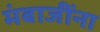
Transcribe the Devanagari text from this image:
मंबाजींना